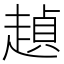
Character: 𰷺